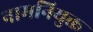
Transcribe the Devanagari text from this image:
नामनियुक्त